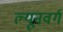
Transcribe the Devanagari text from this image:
ल्यूनवर्ग